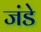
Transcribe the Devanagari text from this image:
जंडे